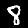
Label: 8